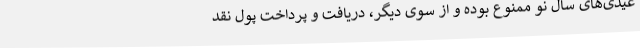
عیدی‌های سال نو ممنوع بوده و از سوی دیگر، دریافت و پرداخت پول نقد